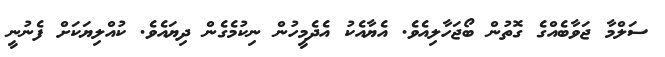
ސަލްމާ ޖަވާބެއްގެ ގޮތުން ބޯޖަހާލިއެވެ. އެޔާއެކު އެދެމީހުން ނިކުމެގެން ދިޔައެވެ. ކުއްލިޔަކަށް ފެނުނީ